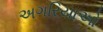
અગરિયાઓ